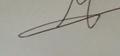
Signature authenticity: genuine